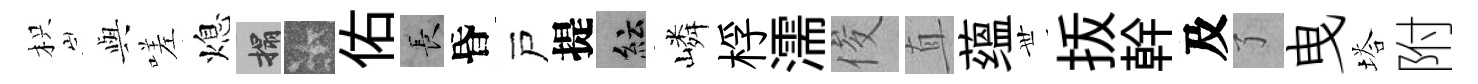
枳𫤰嗟熄搨卡佑长昏戸提紜嶙桴濡俊直蕴𠀍㧞幹及了曳塔附